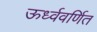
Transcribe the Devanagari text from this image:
ऊर्ध्ववर्णित